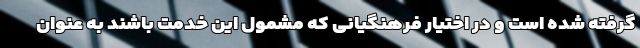
گرفته شده است و در اختیار فرهنگیانی که مشمول این خدمت باشند به عنوان